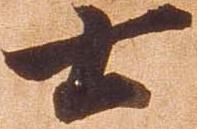
士